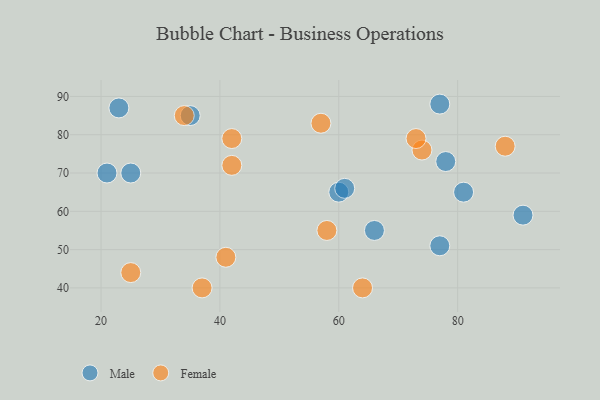
{"axis": {"x": "GDP", "y": "Life Expectancy"}, "legend": ["Female", "Male"], "data": [{"x": "60", "y": 65, "type": "Male"}, {"x": "81", "y": 65, "type": "Male"}, {"x": "78", "y": 73, "type": "Male"}, {"x": "23", "y": 87, "type": "Male"}, {"x": "77", "y": 88, "type": "Male"}, {"x": "66", "y": 55, "type": "Male"}, {"x": "21", "y": 70, "type": "Male"}, {"x": "25", "y": 70, "type": "Male"}, {"x": "35", "y": 85, "type": "Male"}, {"x": "77", "y": 51, "type": "Male"}, {"x": "91", "y": 59, "type": "Male"}, {"x": "61", "y": 66, "type": "Male"}, {"x": "74", "y": 76, "type": "Female"}, {"x": "34", "y": 85, "type": "Female"}, {"x": "73", "y": 79, "type": "Female"}, {"x": "57", "y": 83, "type": "Female"}, {"x": "88", "y": 77, "type": "Female"}, {"x": "41", "y": 48, "type": "Female"}, {"x": "42", "y": 72, "type": "Female"}, {"x": "37", "y": 40, "type": "Female"}, {"x": "58", "y": 55, "type": "Female"}, {"x": "25", "y": 44, "type": "Female"}, {"x": "42", "y": 79, "type": "Female"}, {"x": "64", "y": 40, "type": "Female"}]}